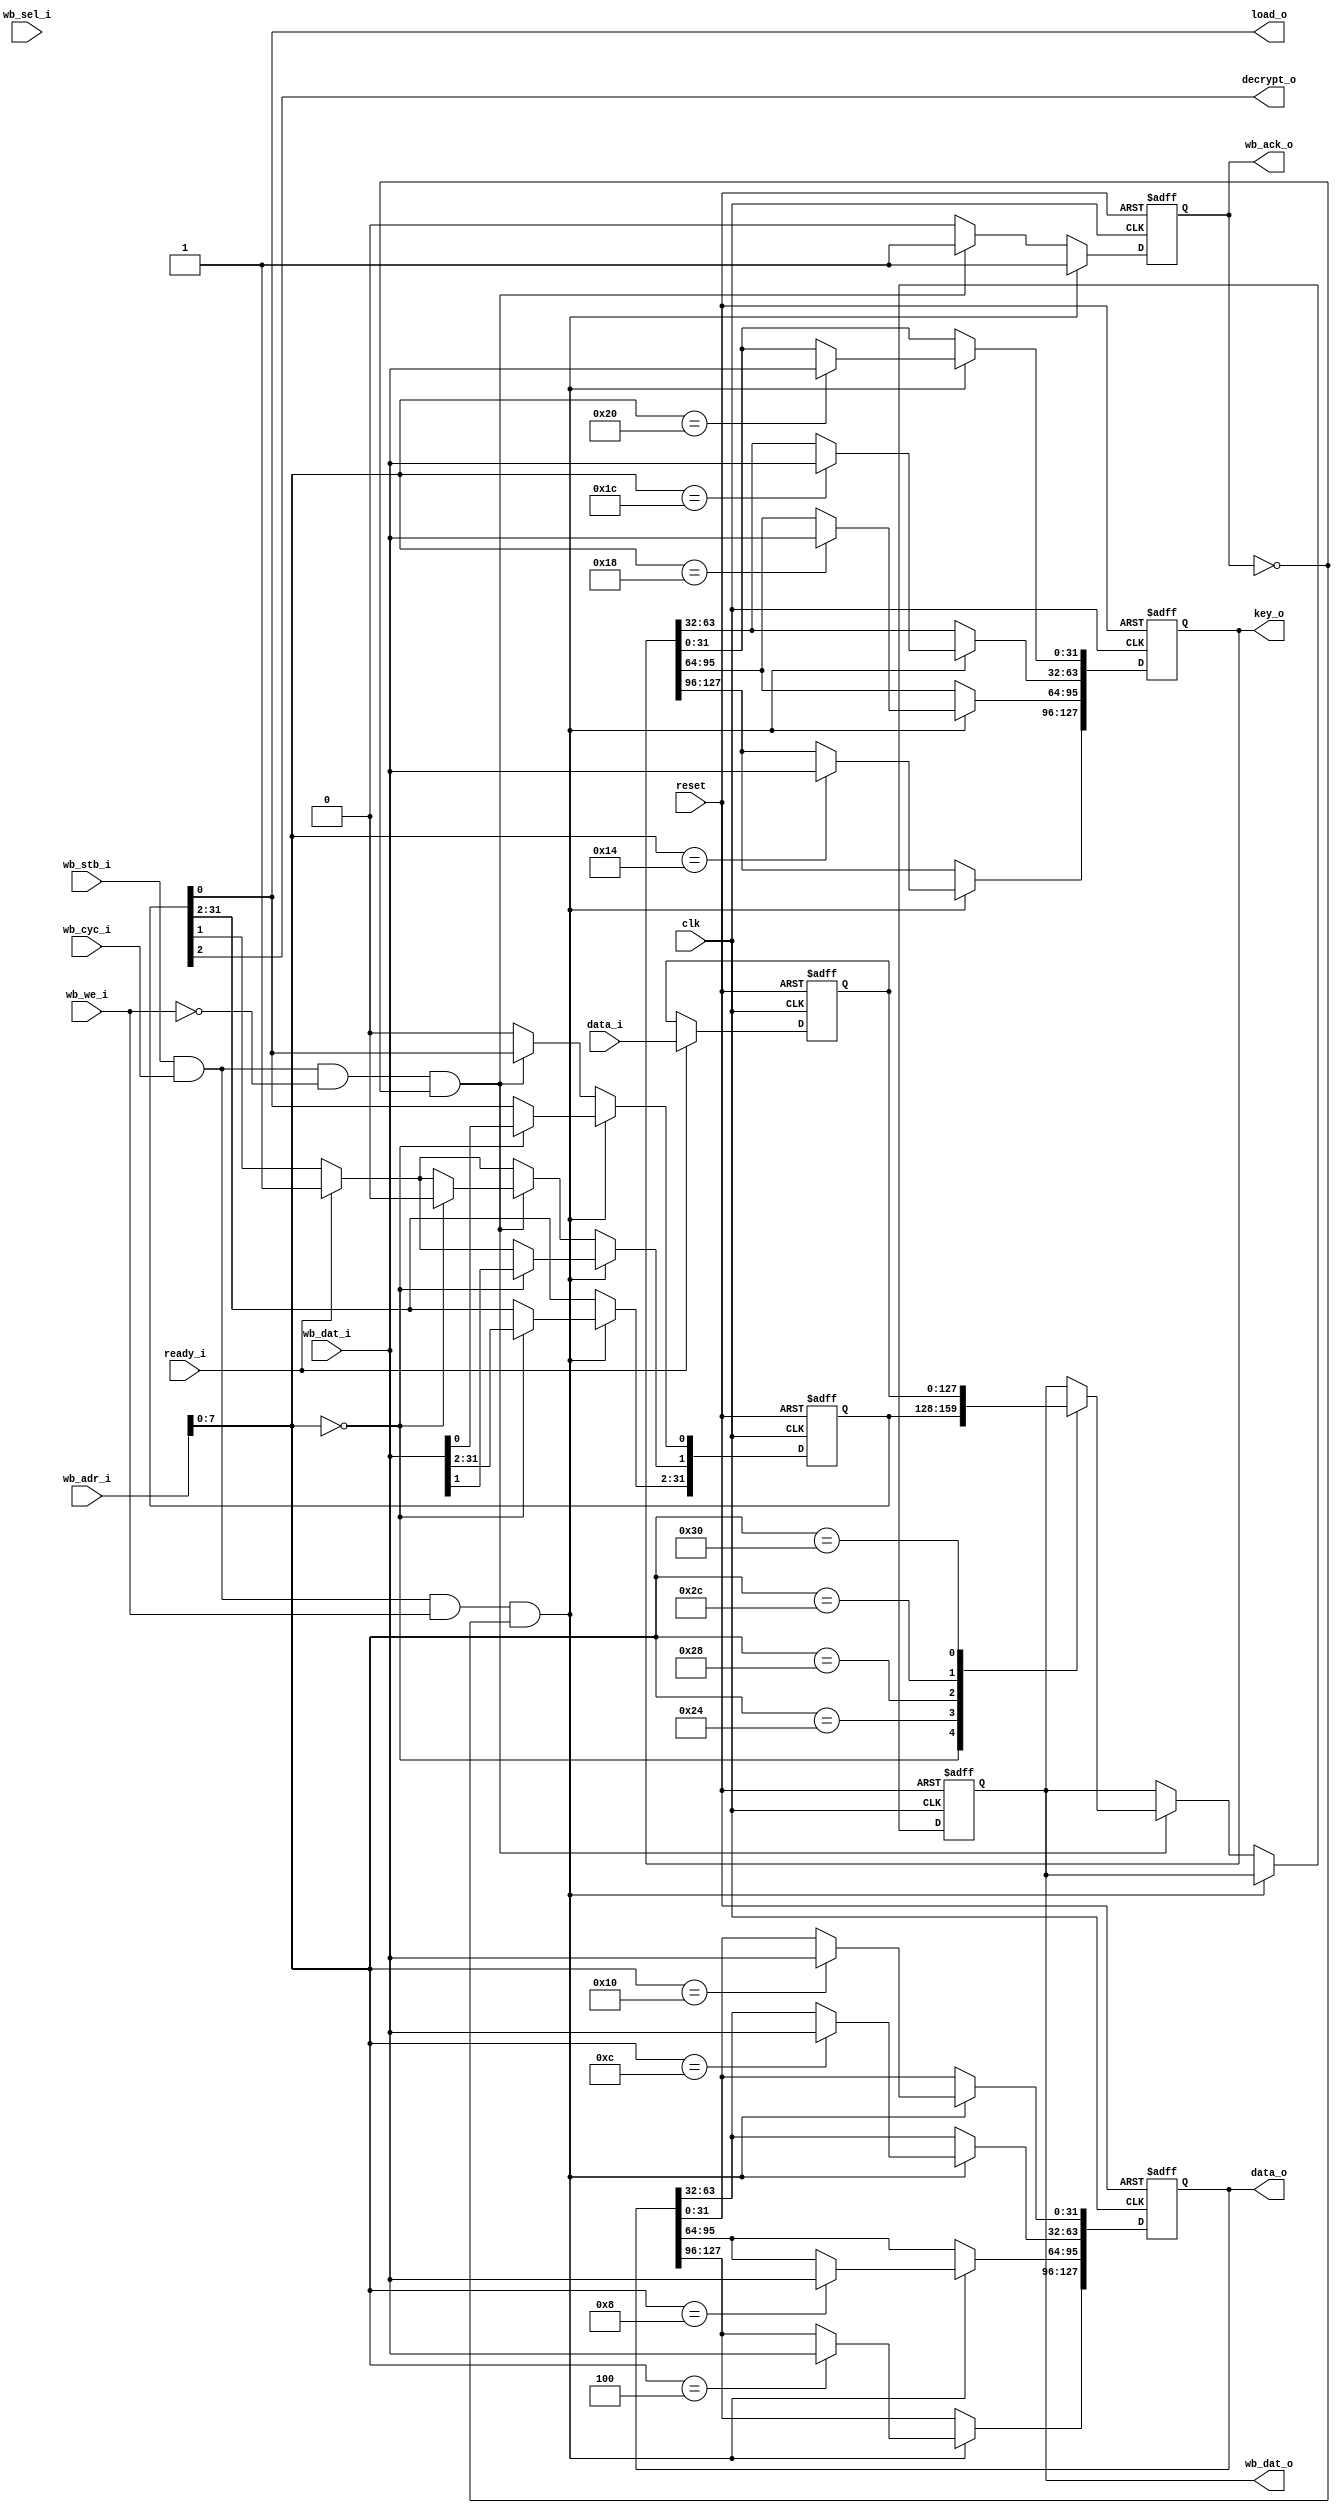
//////////////////////////////////////////////////////////////////////
////                                                              ////
////  Wishbone Interface for AES128 Coprocessor                   ////
////                                                              ////
////  This file is part of the SystemC AES                        ////
////                                                              ////
////  To Do:                                                      ////
////   - done                                                     ////
////                                                              ////
////  Author(s):                                                  ////
////      - Javier Castillo, jcastilo@opencores.org               ////
////                                                              ////
//////////////////////////////////////////////////////////////////////
////                                                              ////
//// Copyright (C) 2000 Authors and OPENCORES.ORG                 ////
////                                                              ////
//// This source file may be used and distributed without         ////
//// restriction provided that this copyright statement is not    ////
//// removed from the file and that any derivative work contains  ////
//// the original copyright notice and the associated disclaimer. ////
////                                                              ////
//// This source file is free software; you can redistribute it   ////
//// and/or modify it under the terms of the GNU Lesser General   ////
//// Public License as published by the Free Software Foundation; ////
//// either version 2.1 of the License, or (at your option) any   ////
//// later version.                                               ////
////                                                              ////
//// This source is distributed in the hope that it will be       ////
//// useful, but WITHOUT ANY WARRANTY; without even the implied   ////
//// warranty of MERCHANTABILITY or FITNESS FOR A PARTICULAR      ////
//// PURPOSE.  See the GNU Lesser General Public License for more ////
//// details.                                                     ////
////                                                              ////
//// You should have received a copy of the GNU Lesser General    ////
//// Public License along with this source; if not, download it   ////
//// from http://www.opencores.org/lgpl.shtml                     ////
////                                                              ////
//////////////////////////////////////////////////////////////////////
//
// CVS Revision History
//
// $Log: not supported by cvs2svn $
//
module wb_aes_controller(clk,reset,wb_stb_i,wb_dat_o,wb_dat_i,wb_ack_o,
                         wb_adr_i,wb_we_i,wb_cyc_i,wb_sel_i,
                         load_o,decrypt_o,ready_i,data_o,key_o,data_i);

input         clk;
input         reset;
input         wb_stb_i;
output [31:0] wb_dat_o;
input  [31:0] wb_dat_i;
output        wb_ack_o;
input  [31:0] wb_adr_i;
input         wb_we_i;
input         wb_cyc_i;
input  [3:0]  wb_sel_i;

output         load_o;
output         decrypt_o;
output [127:0] data_o;
output [127:0] key_o;
input  [127:0] data_i;
input          ready_i;

reg  [31:0]  wb_dat_o;
reg          wb_ack_o;

reg  [127:0]  data_o;
reg  [127:0]  key_o;
wire         load_o;
wire         decrypt_o;

reg  [31:0]  control_reg;
reg  [127:0]  cypher_data_reg;

assign load_o = control_reg[0];
assign decrypt_o = control_reg[2];

always @(posedge clk or posedge reset)
begin
     if(reset==1)
     begin
       wb_ack_o<=#1 0;
       wb_dat_o<=#1 0;
       control_reg <= #1 32'h0;
       cypher_data_reg <= #1 127'h0;
       key_o <= #1 127'h0;
       data_o <= #1 127'h0;
     end
     else
     begin
       if(ready_i)
       begin
        control_reg[1] <= #1 1'b1;  
        cypher_data_reg <= #1 data_i;
       end
         
       if(wb_stb_i && wb_cyc_i && wb_we_i && ~wb_ack_o)
       begin
         wb_ack_o<=#1 1;
         case(wb_adr_i[7:0])
             8'h0:
             begin
                 //Writing control register
                 control_reg<= #1 wb_dat_i;
             end
             8'h4:
              begin
                 data_o[127:96]<= #1 wb_dat_i;
             end                 
             8'h8:
             begin
                 data_o[95:64]<= #1 wb_dat_i;
             end                 
			 8'hC:
              begin
                 data_o[63:32]<= #1 wb_dat_i;
             end                 
             8'h10:
             begin
                 data_o[31:0]<= #1 wb_dat_i;
             end                 
             8'h14:
             begin
                 key_o[127:96]<= #1 wb_dat_i;
             end                 
             8'h18:
             begin
                 key_o[95:64]<= #1 wb_dat_i;
             end                 
             8'h1C:
             begin
                 key_o[63:32]<= #1 wb_dat_i;
             end                 
             8'h20:
             begin
                 key_o[31:0]<= #1 wb_dat_i;
             end                 
         endcase
       end
       else if(wb_stb_i && wb_cyc_i && ~wb_we_i && ~wb_ack_o)
       begin
           wb_ack_o<=#1 1;
           case(wb_adr_i[7:0])
             8'h0:
             begin
                 wb_dat_o<= #1 control_reg;
                 control_reg[1]<=1'b0;
             end
             8'h24:
             begin
                 wb_dat_o<= #1 cypher_data_reg[127:96];
             end
             8'h28:
             begin
                 wb_dat_o<= #1 cypher_data_reg[95:64];
             end
			 8'h2C:
             begin
                 wb_dat_o<= #1 cypher_data_reg[63:32];
             end
             8'h30:
             begin
                 wb_dat_o<= #1 cypher_data_reg[31:0];
             end
           endcase
       end
       else
       begin
           wb_ack_o<=#1 0;
           control_reg[0]<= #1 1'b0;
       end

     end
end


endmodule